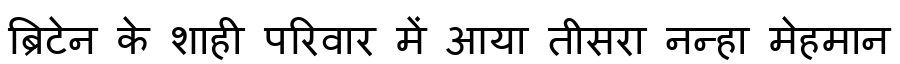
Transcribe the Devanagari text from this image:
ब्रिटेन के शाही परिवार में आया तीसरा नन्हा मेहमान